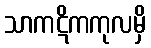
သာကဋိကကုလမှိ